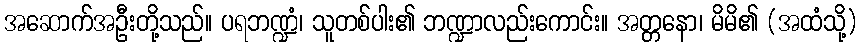
အဆောက်အဦးတို့သည်။ ပရဘဏ္ဍံ၊ သူတစ်ပါး၏ ဘဏ္ဍာလည်းကောင်း။ အတ္တနော၊ မိမိ၏ (အထံသို့)